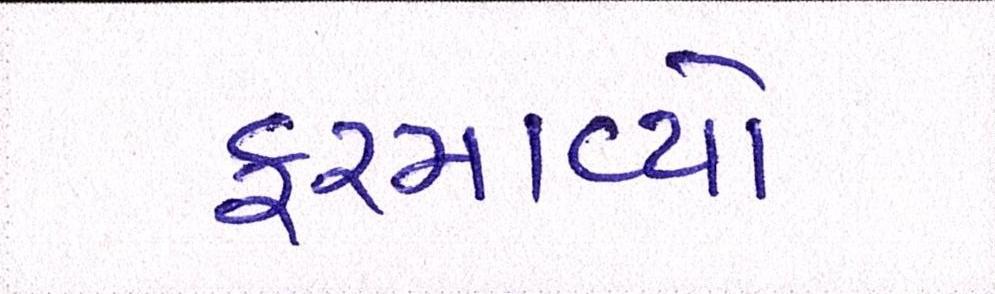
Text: ફરમાવ્યો